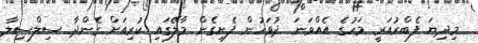
މިދިޔަ ފެބްރުއަރީ މަހުގެ އެއްވަނަ ދުވަހުން ފެށިގެން މާލޭގައި ކުރިއަށް ގެންދާ ސިލްސިލާ